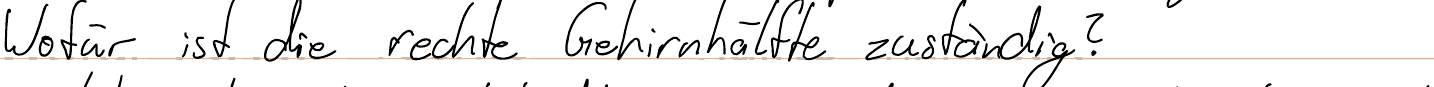
Wofür ist die rechte Gehirnhälfte zuständig?